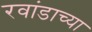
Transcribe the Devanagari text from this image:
रवांडाच्‍या